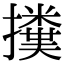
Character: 𢷥